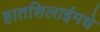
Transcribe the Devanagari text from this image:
हातशिलाईमधे